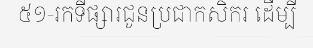
៥១-រកទីផ្សារជូនប្រជាកសិករ ដើម្បី